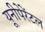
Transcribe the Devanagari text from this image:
यूनीपेरेंटल